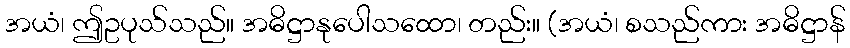
အယံ၊ ဤဥပုသ်သည်။ အဓိဋ္ဌာနုပေါသထော၊ တည်း။ (အယံ၊ စသည်ကား အဓိဋ္ဌာန်